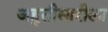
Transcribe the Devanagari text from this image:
अह्तीसारीला